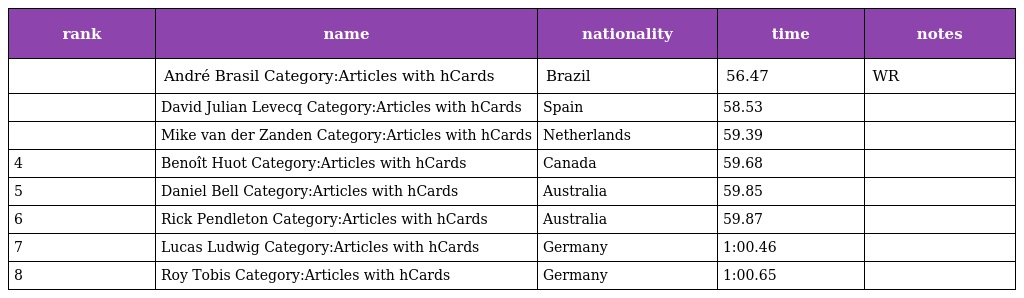
| rank | name | nationality | time | notes |
 | --- | --- | --- | --- | --- |
 |  | André Brasil Category:Articles with hCards | Brazil | 56.47 | WR |
 |  | David Julian Levecq Category:Articles with hCards | Spain | 58.53 |  |
 |  | Mike van der Zanden Category:Articles with hCards | Netherlands | 59.39 |  |
 | 4 | Benoît Huot Category:Articles with hCards | Canada | 59.68 |  |
 | 5 | Daniel Bell Category:Articles with hCards | Australia | 59.85 |  |
 | 6 | Rick Pendleton Category:Articles with hCards | Australia | 59.87 |  |
 | 7 | Lucas Ludwig Category:Articles with hCards | Germany | 1:00.46 |  |
 | 8 | Roy Tobis Category:Articles with hCards | Germany | 1:00.65 |  |